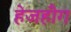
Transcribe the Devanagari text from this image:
हेजहौग